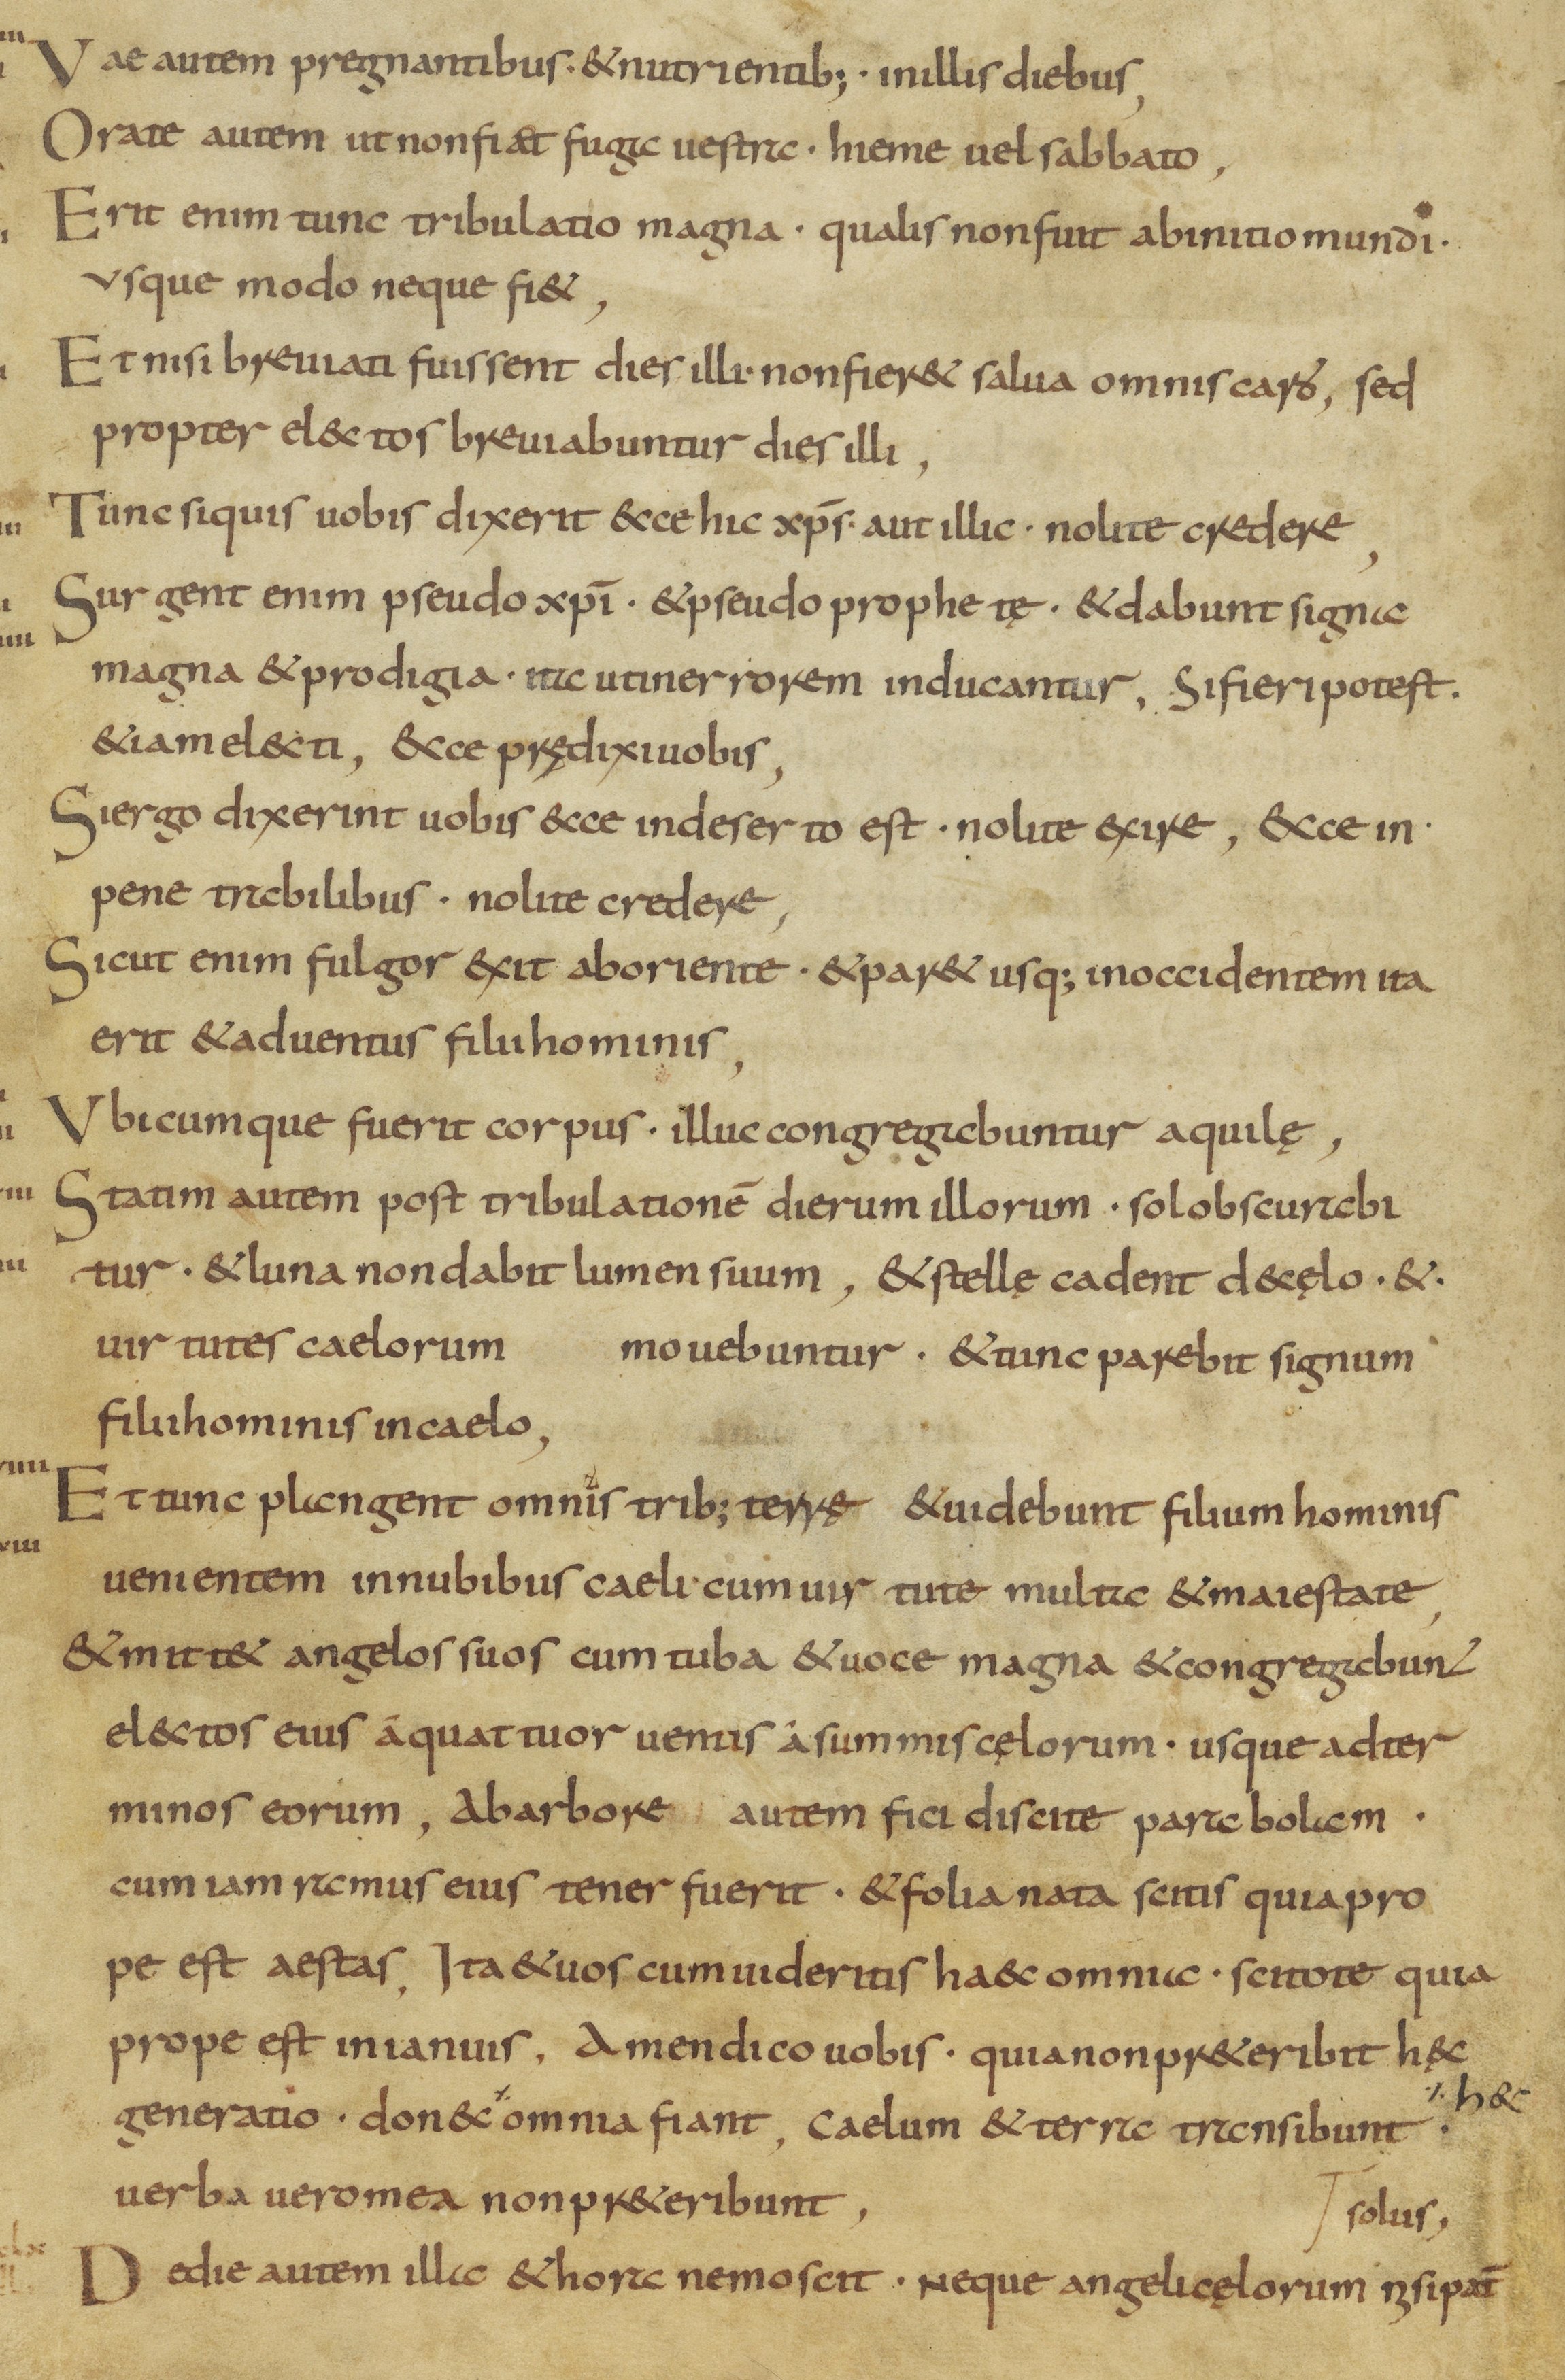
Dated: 800–899